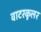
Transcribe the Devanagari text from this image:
वाटरकूलर